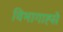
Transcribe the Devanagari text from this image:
विभागाह्से